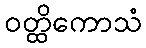
ဝတ္ထိကောသံ